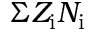
\Sigma Z _ { \mathrm { i } } N _ { \mathrm { i } }